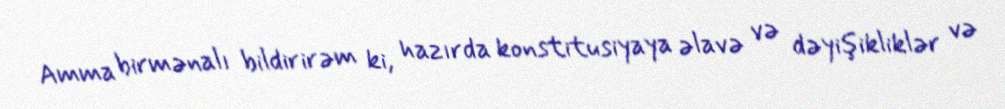
Amma birmənalı bildirirəm ki, hazırda konstitusiyaya əlavə və dəyişikliklər və